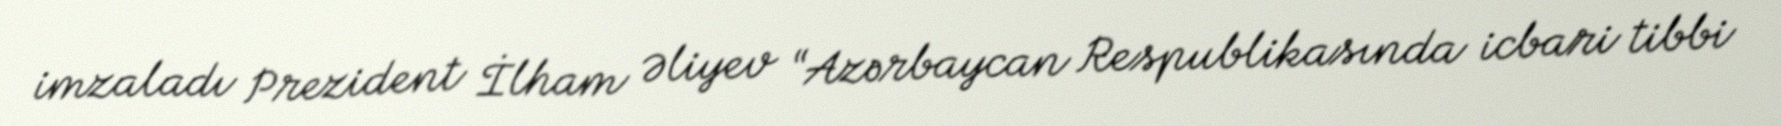
imzaladı Prezident İlham Əliyev “Azərbaycan Respublikasında icbari tibbi